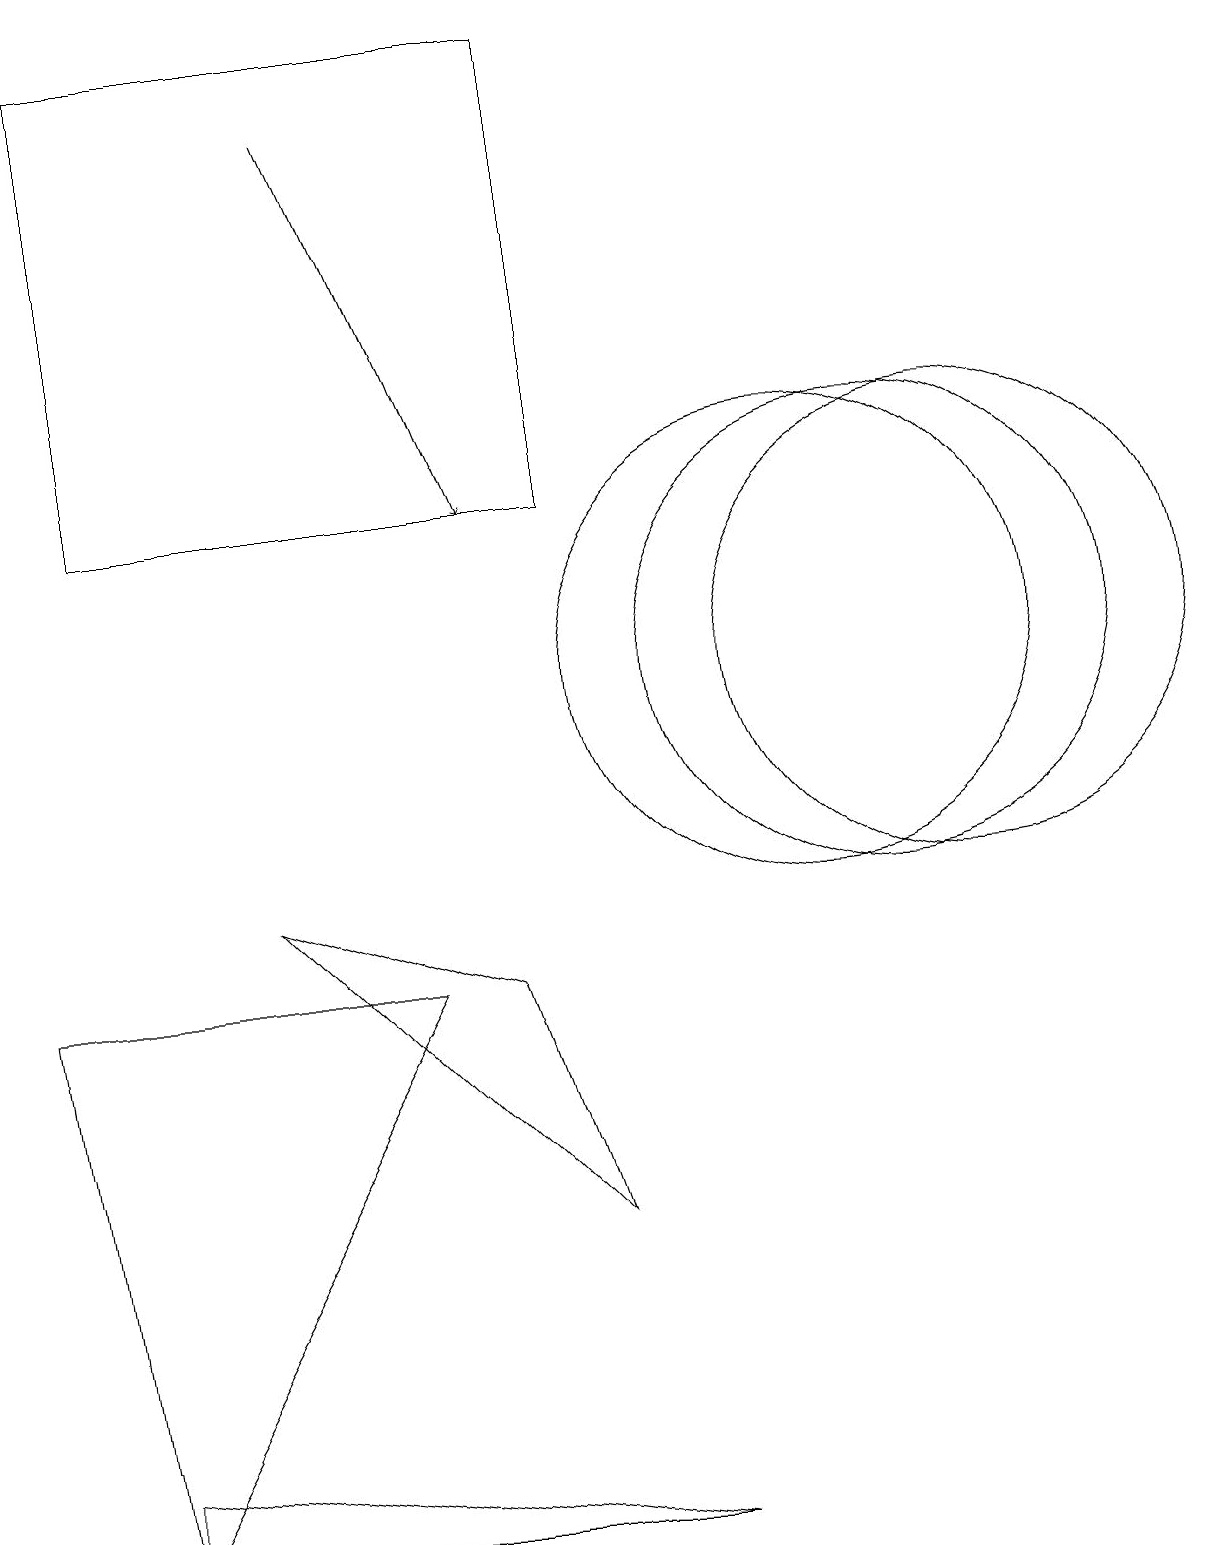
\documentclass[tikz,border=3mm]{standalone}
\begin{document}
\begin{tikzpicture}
\draw (1,1) -- (8,0) -- (1,0) -- cycle;
\draw (1,19) rectangle (7,13);
\draw (6,7) -- (3,8) -- (7,4) -- cycle;
\draw (11,11) circle (3);
\draw (1,0) -- (5,7) -- (0,7) -- cycle;
\draw (12,11) circle (3);
\draw (10,11) circle (3);
\draw[->] (4,18) -- (6,13);
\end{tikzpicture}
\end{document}